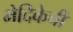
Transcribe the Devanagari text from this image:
भेदिकेची